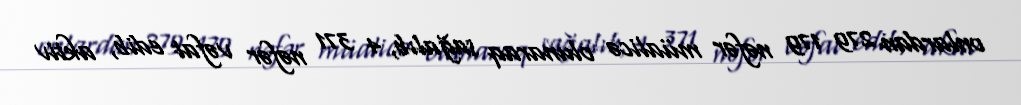
onlardan 279 179 nəfər müalicə olunaraq sağalıb, 4 371 nəfər vəfat edib, aktiv